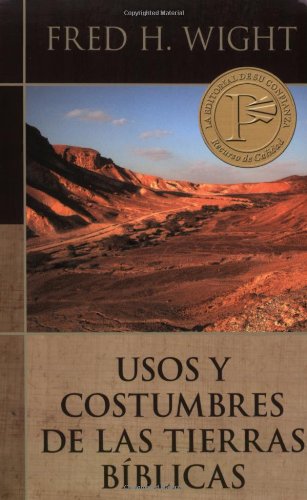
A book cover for Usos y costumbres de las tierras biblicas (Spanish Edition); Fred Wight; Religion & Spirituality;